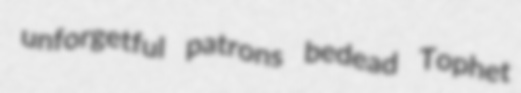
unforgetful patrons bedead Tophet